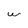
Character: W